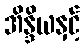
အိန္ဒိယနှင့်